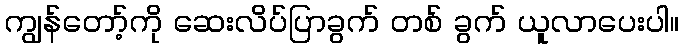
ကျွန်တော့်ကို ဆေးလိပ်ပြာခွက် တစ် ခွက် ယူလာပေးပါ။